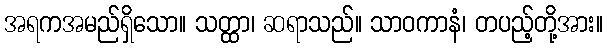
အရကအမည်ရှိသော။ သတ္ထာ၊ ဆရာသည်။ သာဝကာနံ၊ တပည့်တို့အား။